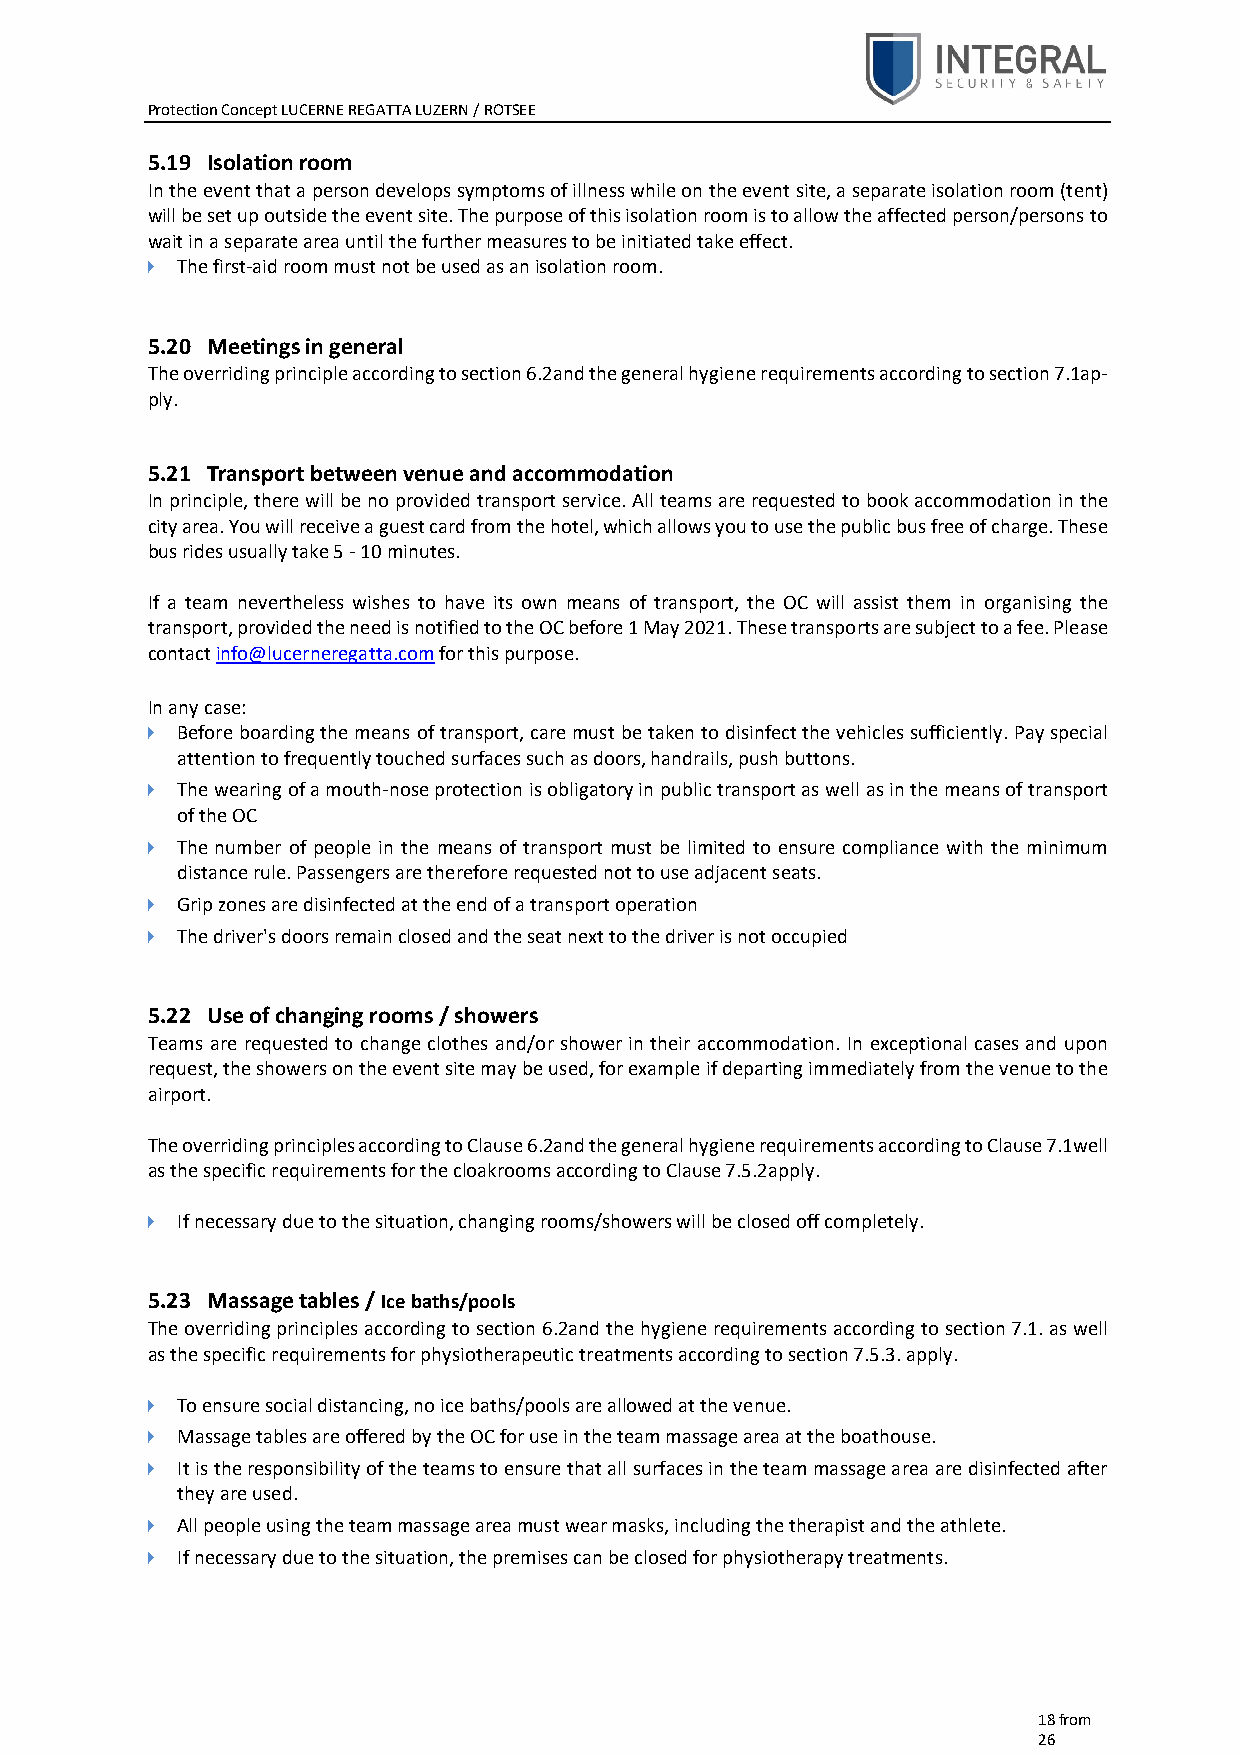
Protection Concept LUCERNE REGATTA LUZERN / ROTSEE
 5.19 Isolation room
 In the event that a person develops symptoms of illness while on the event site, a separate isolation room (tent)
 will be set up outside the event site. The purpose of this isolation room is to allow the affected person/persons to
 wait in a separate area until the further measures to be initiated take effect.
   The first-aid room must not be used as an isolation room.
 5.20 Meetings in general
 The overriding principle according to section 6.2and the general hygiene requirements according to section 7.1ap-
 ply.
 5.21 Transport between venue and accommodation
 In principle, there will be no provided transport service. All teams are requested to book accommodation in the
 city area. You will receive a guest card from the hotel, which allows you to use the public bus free of charge. These
 bus rides usually take 5 - 10 minutes.
 If a team nevertheless wishes to have its own means of transport, the OC will assist them in organising the
 transport, provided the need is notified to the OC before 1 May 2021. These transports are subject to a fee. Please
 contact info@lucerneregatta.com for this purpose.
 In any case:
   Before boarding the means of transport, care must be taken to disinfect the vehicles sufficiently. Pay special
 attention to frequently touched surfaces such as doors, handrails, push buttons.
   The wearing of a mouth-nose protection is obligatory in public transport as well as in the means of transport
 of the OC
   The number of people in the means of transport must be limited to ensure compliance with the minimum
 distance rule. Passengers are therefore requested not to use adjacent seats.
   Grip zones are disinfected at the end of a transport operation
   The driver's doors remain closed and the seat next to the driver is not occupied
 5.22 Use of changing rooms / showers
 Teams are requested to change clothes and/or shower in their accommodation. In exceptional cases and upon
 request, the showers on the event site may be used, for example if departing immediately from the venue to the
 airport.
 The overriding principles according to Clause 6.2and the general hygiene requirements according to Clause 7.1well
 as the specific requirements for the cloakrooms according to Clause 7.5.2apply.
   If necessary due to the situation, changing rooms/showers will be closed off completely.
 5.23 Massage tables / Ice baths/pools
 The overriding principles according to section 6.2and the hygiene requirements according to section 7.1. as well
 as the specific requirements for physiotherapeutic treatments according to section 7.5.3. apply.
   To ensure social distancing, no ice baths/pools are allowed at the venue.
   Massage tables are offered by the OC for use in the team massage area at the boathouse.
   It is the responsibility of the teams to ensure that all surfaces in the team massage area are disinfected after
 they are used.
   All people using the team massage area must wear masks, including the therapist and the athlete.
   If necessary due to the situation, the premises can be closed for physiotherapy treatments.
 18 from
 26